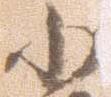
小